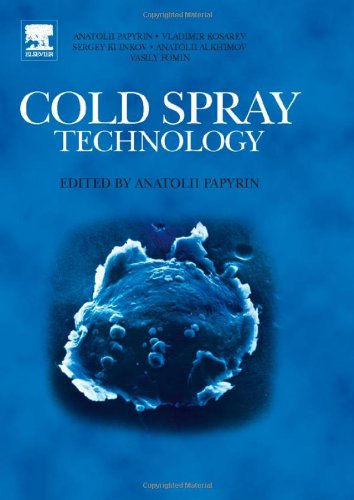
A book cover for Cold Spray Technology; Anatolii Papyrin; Science & Math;